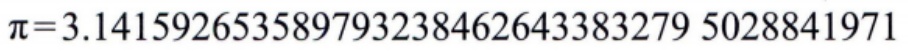
$\pi = 3.141592653589793238462643383279\ 5028841971$